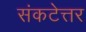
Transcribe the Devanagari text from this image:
संकटेत्तर